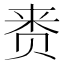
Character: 赉